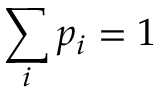
\sum _ { i } p _ { i } = 1